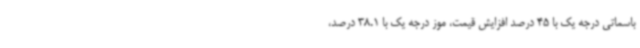
باسماتی درجه یک با 45 درصد افزایش قیمت، موز درجه یک با 38.1 درصد،